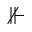
\nVdash